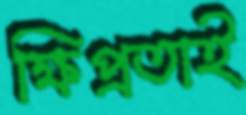
ক্ষিপ্রতাই